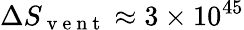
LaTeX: \Delta S_{\mathrm{~v~e~n~t~}}\approx 3\times 10^{45}